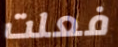
فعلت